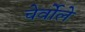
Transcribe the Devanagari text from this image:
चेर्वोले